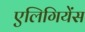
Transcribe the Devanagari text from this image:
एलिगियेंस